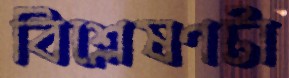
বিশ্লেষণটা